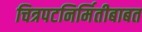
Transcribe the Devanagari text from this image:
चित्रपटनिर्मितीबाबत